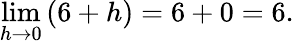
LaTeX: \operatorname*{lim}_{h\to 0}{(6+h)}=6+0=6.